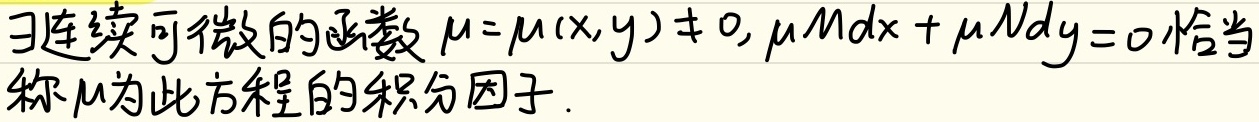
若存在连续可微的函数\(\mu = \mu(x,y)\neq0\)，使得\(\mu Mdx + \mu Ndy = 0\)为恰当方程，则称\(\mu\)为此方程的积分因子。